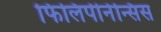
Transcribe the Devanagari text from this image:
फिलिपीनेन्सिस